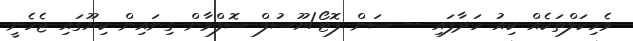
ވެހިކަލްތަކެއް ކިއު ހަދާފައި -- ސަން ފޮޓޯ/ޔޫސުފް ސޮފްވާން ގިނައިން ކިޔޫގައި ޖެހެނީ